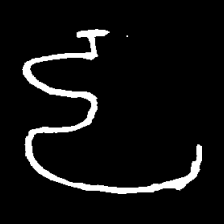
Pyu character \u2014 Myanmar letter: ဠ (romanized: lla)